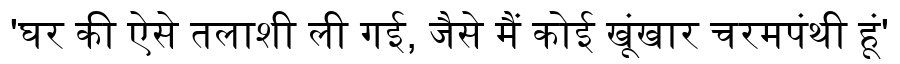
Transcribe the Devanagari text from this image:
'घर की ऐसे तलाशी ली गई, जैसे मैं कोई खूंखार चरमपंथी हूं'